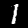
Label: 1